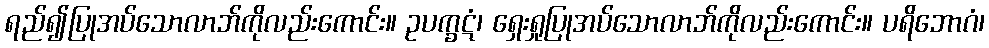
ရည်၍ပြုအပ်သောလာဘ်ကိုလည်းကောင်း။ ဥပက္ခဋံ၊ ရှေးရှုပြုအပ်သောလာဘ်ကိုလည်းကောင်း။ ပရိဘောဂံ၊